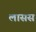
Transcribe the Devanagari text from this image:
लासस